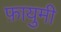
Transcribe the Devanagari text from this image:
फ़ायुमी